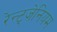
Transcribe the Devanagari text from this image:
रेन्ट्जेनियम